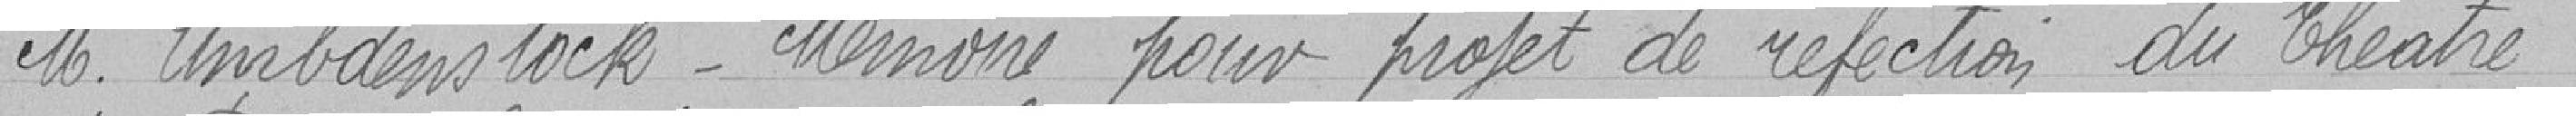
Monsieur Unrbdenstock - Mémoire pour projet de réfection du théâtre.